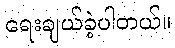
ရေးချယ်ခဲ့ပါတယ်။